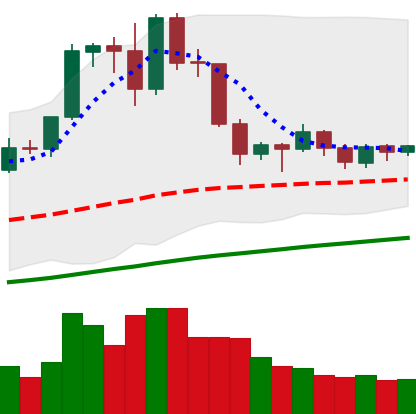
Ticker: EOS-USD
Chart end date: 2019-06-12
Forward return: 10.86%
Label: up_7plus